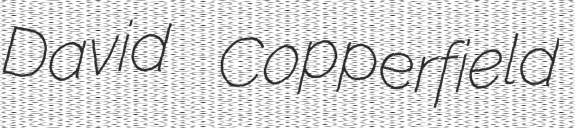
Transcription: David Copperfield